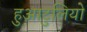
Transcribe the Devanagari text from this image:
हुआटुलियो